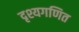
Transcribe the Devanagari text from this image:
दृश्यगणित